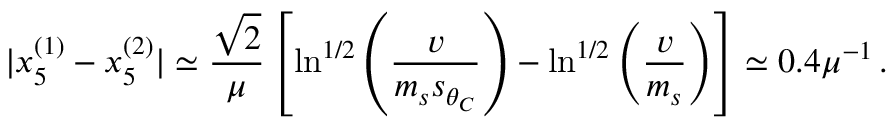
| x _ { 5 } ^ { ( 1 ) } - x _ { 5 } ^ { ( 2 ) } | \simeq \frac { \sqrt { 2 } } { \mu } \left[ \ln ^ { 1 / 2 } \left( \frac { v } { m _ { s } s _ { \theta _ { C } } } \right) - \ln ^ { 1 / 2 } \left( \frac { v } { m _ { s } } \right) \right] \simeq 0 . 4 \mu ^ { - 1 } \, .